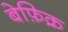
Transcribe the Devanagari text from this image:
बेफ़िक्र